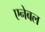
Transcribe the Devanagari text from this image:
एनेबल